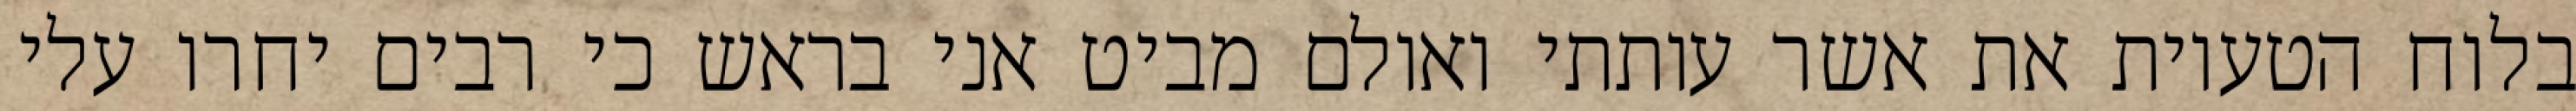
בלוח הטעיות את אשר עותתי ואולם מביט אני בראש כי רבים יחרו עלי